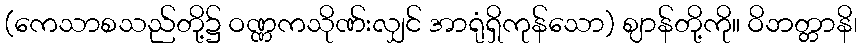
(ကေသာစသည်တို့၌ ဝဏ္ဏကသိုဏ်းလျှင် အာရုံရှိကုန်သော) ဈာန်တို့ကို။ ဝိဘတ္တာနိ၊